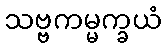
သဗ္ဗကမ္မက္ခယံ